Civil Veterinary Department Bihar reports 1936-40 - 1936-1940
Year: 1936
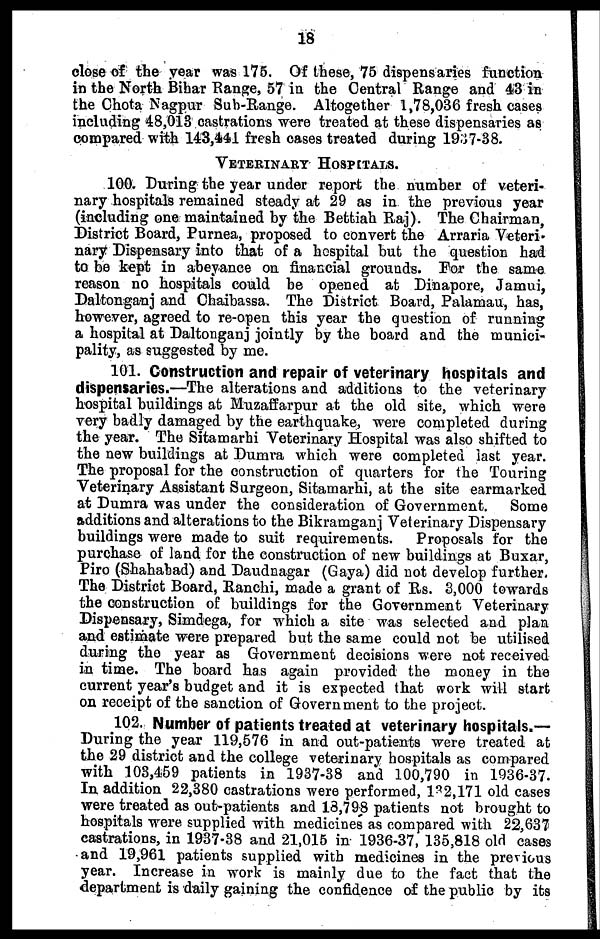
18
close of the year was 175. Of these, 75 dispensaries function
in the North Bihar Range, 57 in the Central Range and 43 in
the Chota Nagpur Sub-Range. Altogether 1,78,036 fresh cases
including 48,013 castrations were treated at these dispensaries as
compared with 143,441 fresh cases treated during 1927-38.
VETERINARY HOSPITALS.
100. During the year under report the number of veteri-
nary hospitals remained steady at 29 as in the previous year
(including one maintained by the Bettiah Raj). The Chairman,
District Board, Purnea, proposed to convert the Arraria Veteri-
nary Dispensary into that of a hospital but the question had
to be kept in abeyance on financial grounds. For the same
reason no hospitals could be opened at Dinapore, Jamui,
Daltonganj and Chaibassa. The District Board, Palamau, has,
however, agreed to re-open this year the question of running
a hospital at Daltonganj jointly by the board and the munici-
pality, as suggested by me.
101. Construction and repair of veterinary hospitals and
dispensaries.—The alterations and additions to the veterinary
hospital buildings at Muzaffarpur at the old site, which were
very badly damaged by the earthquake, were completed during
the year. The Sitamarhi Veterinary Hospital was also shifted to
the new buildings at Dumra which were completed last year.
The proposal for the construction of quarters for the Touring
Veterinary Assistant Surgeon, Sitamarhi, at the site earmarked
at Dumra was under the consideration of Government. Some
additions and alterations to the Bikramganj Veterinary Dispensary
buildings were made to suit requirements. Proposals for the
purchase of land for the construction of new buildings at Buxar,
Piro (Shahabad) and Daudnagar (Gaya) did not develop further.
The District Board, Ranchi, made a grant of Rs. 3,000 towards
the construction of buildings for the Government Veterinary
Dispensary, Simdega, for which a site was selected and plan
and estimate were prepared but the same could not be utilised
during the year as Government decisions were not received
in time. The board has again provided the money in the
current year's budget and it is expected that work will start
on receipt of the sanction of Government to the project.
102. Number of patients treated at veterinary hospitals.—
During the year 119,576 in and out-patients were treated at
the 29 district and the college veterinary hospitals as compared
with 103,459 patients in 1937-38 and 100,790 in 1936-37.
In addition 22,380 castrations were performed, 132,171 old cases
were treated as out-patients and 18,798 patients not brought to
hospitals were supplied with medicines as compared with 22,637
castrations, in 1937-38 and 21,015 in 1936-37, 135,818 old cases
and 19,961 patients supplied with medicines in the previous
year. Increase in work is mainly due to the fact that the
department is daily gaining the confidence of the public by its